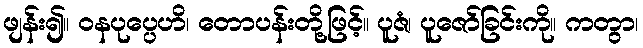
ဖျန်း၍။ ဝနပုပ္ပေဟိ၊ တောပန်းတို့ဖြင့်။ ပူဇံ၊ ပူဇော်ခြင်းကို။ ကတွာ၊